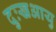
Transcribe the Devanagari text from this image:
दुःखआयु